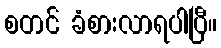
စတင် ခံစားလာရပါပြီ။